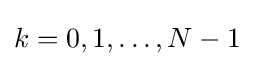
k=0,1,\dots ,N-1